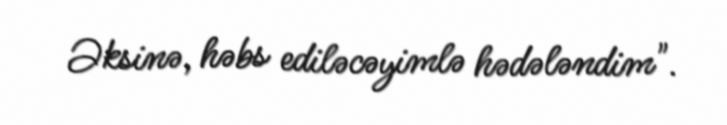
Əksinə, həbs ediləcəyimlə hədələndim".